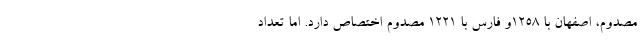
مصدوم، اصفهان با ۱۲۵۸و فارس با ۱۲۲۱ مصدوم اختصاص دارد. اما تعداد